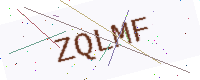
Text: ZQLMF